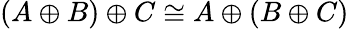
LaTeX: (A\oplus B)\oplus C\cong A\oplus(B\oplus C)